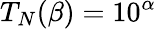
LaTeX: T_{N}(\beta)=10^{\alpha}